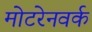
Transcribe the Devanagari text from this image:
मोटरेनवर्क